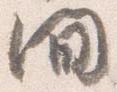
間